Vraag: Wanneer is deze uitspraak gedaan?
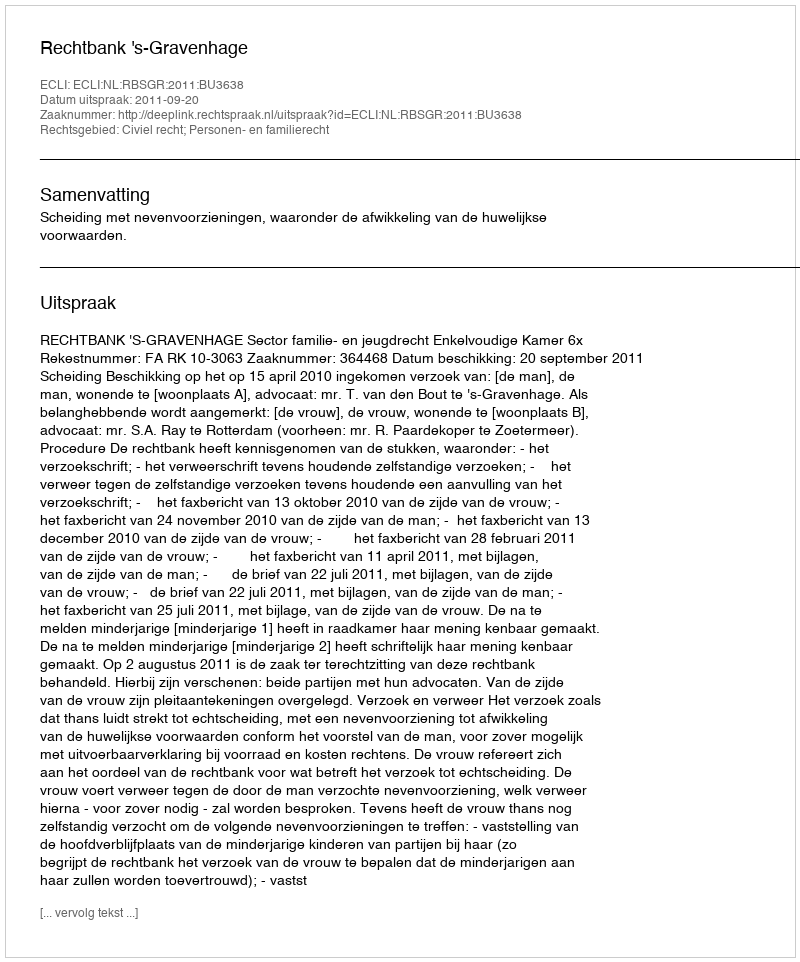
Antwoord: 2011-09-20